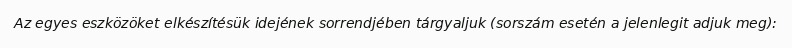
Az egyes eszközöket elkészítésük idejének sorrendjében tárgyaljuk (sorszám esetén a jelenlegit adjuk meg):